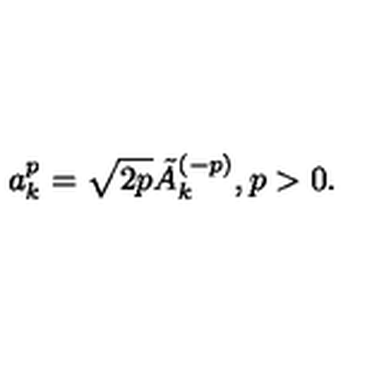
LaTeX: a _ { k } ^ { p } = \sqrt { 2 p } \tilde { A } _ { k } ^ { ( - p ) } , p > 0 .